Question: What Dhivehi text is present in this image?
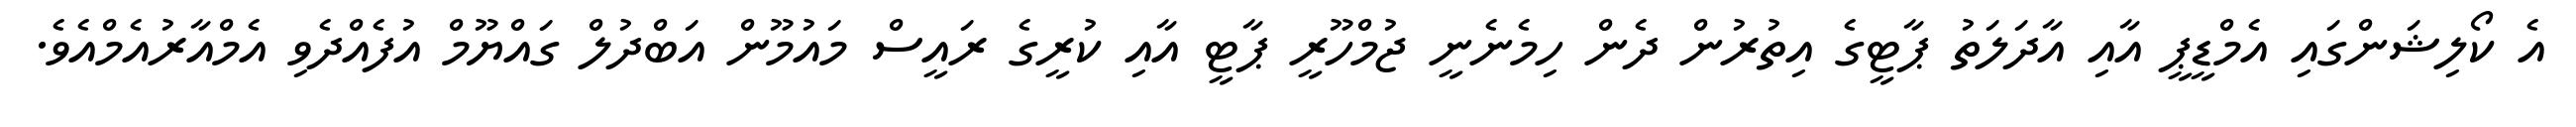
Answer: އެ ކޯލިޝަންގައި އެމްޑީޕީ އާއި އާދަލަތު ޕާޓީގެ އިތުރުން ދެން ހިމެނެނީ ޖުމްހޫރީ ޕާޓީ އާއި ކުރީގެ ރައީސް މައުމޫން އަބްދުލް ގައްޔޫމް އުފެއްދެވި އެމްއާރުއެމްއެވެ.